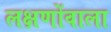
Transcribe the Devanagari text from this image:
लक्षणोंवाला